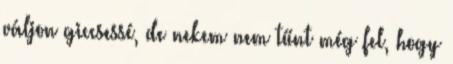
váljon giccsessé, de nekem nem tűnt még fel, hogy